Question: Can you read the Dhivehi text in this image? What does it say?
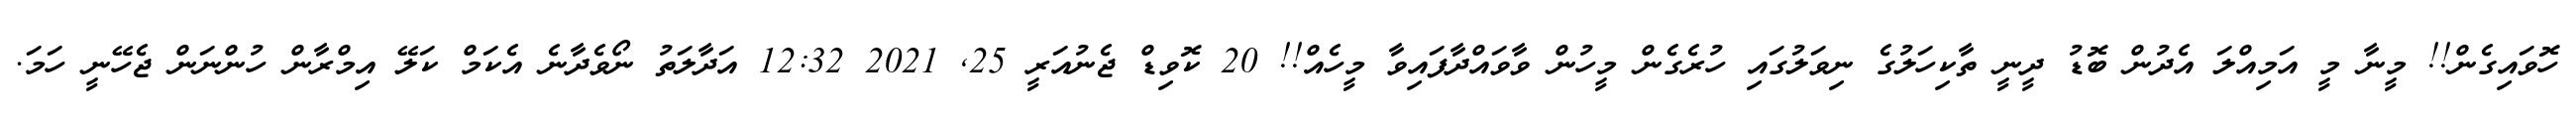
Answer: ހޮވައިގެން!! މީނާ މީ އަމިއްލަ އެދުން ބޮޑު ދީނީ ތާކިހަލުގެ ނިވަލުގައި ހުރެގެން މީހުން ވާވައްދާފައިވާ މީހެއް!! 20 ކޮވިޑް ޖެނުއަރީ 25, 2021 12:32 އަދާލަތު ނޯވެދާނެ އެކަމް ކަލޭ އިމްރާން ހުންނަން ޖެހޭނީ ހަމަ.